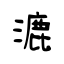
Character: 漉